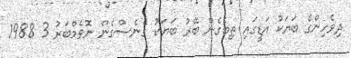
ދިވެހިންގެ ބަޔަކު އަޑީގައި ތިބެގެން ބޭރު ބަޔަކު ގެނެސްގެން ނޮވެމްބަރު 3 1988